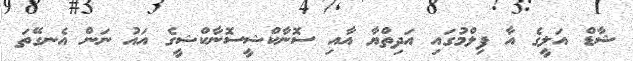
ޝާޑް އަލީގެ އާ ފިލްމުގައި އަދިތްޔާ އާއި ސޮނާކްޝީސޮނާކްޝީގެ އައު ނަން އެނގޭތަ